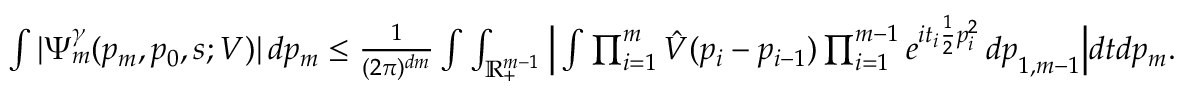
\begin{array} { r } { \int | \Psi _ { m } ^ { \gamma } ( p _ { m } , p _ { 0 } , s ; V ) | \, d p _ { m } \leq \frac { 1 } { ( 2 \pi ) ^ { d m } } \int \int _ { \mathbb { R } _ { + } ^ { m - 1 } } \Big | \int \prod _ { i = 1 } ^ { m } \hat { V } ( p _ { i } - p _ { i - 1 } ) \prod _ { i = 1 } ^ { m - 1 } e ^ { i t _ { i } \frac { 1 } { 2 } p _ { i } ^ { 2 } } \, d \boldsymbol { p } _ { 1 , m - 1 } \Big | d \boldsymbol { t } d p _ { m } . } \end{array}